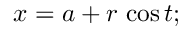
x = a + r \, \cos t ; \,